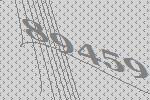
89459